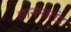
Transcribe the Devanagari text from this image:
ज्ञानमातंड